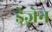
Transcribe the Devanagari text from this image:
ड्रेज़ेन